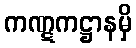
ကဏ္ဋကဋ္ဌာနမှိ